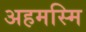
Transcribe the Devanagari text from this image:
अहमस्मि